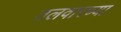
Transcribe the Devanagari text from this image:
तलवारच्या